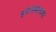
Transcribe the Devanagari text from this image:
इमेजेथाफायर